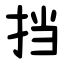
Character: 挡